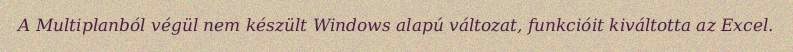
A Multiplanból végül nem készült Windows alapú változat, funkcióit kiváltotta az Excel.